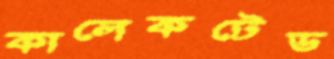
কালেকটেড